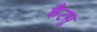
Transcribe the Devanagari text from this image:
कैटसु